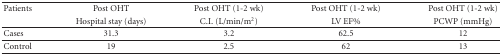
<table><thead><tr><td><b>Patients</b></td><td><b>Post OHT</b></td><td><b>Post OHT (1-2 wk)</b></td><td><b>Post OHT (1-2 wk)</b></td><td><b>Post OHT (1-2 wk)</b></td></tr><tr><td></td><td><b>Hospital stay (days)</b></td><td><b>C.I. (L/min/m<sup>2</sup>)</b></td><td><b> LV EF%</b></td><td><b>PCWP (mmHg) </b></td></tr></thead><tbody><tr><td>Cases</td><td>31.3</td><td>3.2</td><td>62.5</td><td>12</td></tr><tr><td>Control</td><td>19</td><td>2.5</td><td>62</td><td>13</td></tr></tbody></table>